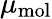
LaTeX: \mu_{\mathrm{mol}}